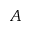
A